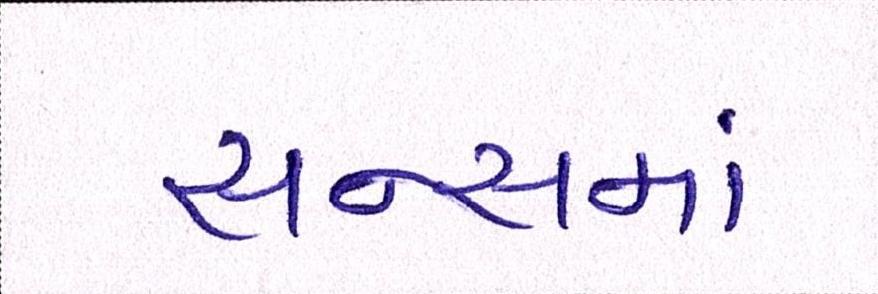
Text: સન્સમાં